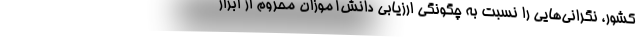
کشور، نگرانی‌هایی را نسبت به چگونگی ارزیابی دانش‌آموزان محروم از ابزار